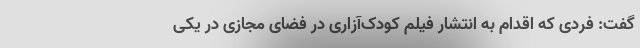
گفت: فردی که اقدام به انتشار فیلم کودک‌آزاری در فضای مجازی در یکی